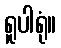
ရူပါရုံ။